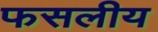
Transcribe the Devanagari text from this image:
फसलीय